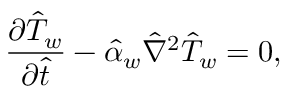
\frac { \partial \hat { T } _ { w } } { \partial \hat { t } } - \hat { \alpha } _ { w } \hat { \nabla } ^ { 2 } \hat { T } _ { w } = 0 ,